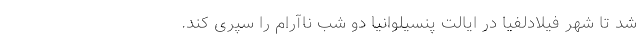
شد تا شهر فیلادلفیا در ایالت پنسیلوانیا دو شب ناآرام را سپری کند.